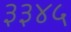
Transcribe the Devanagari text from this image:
३३४५